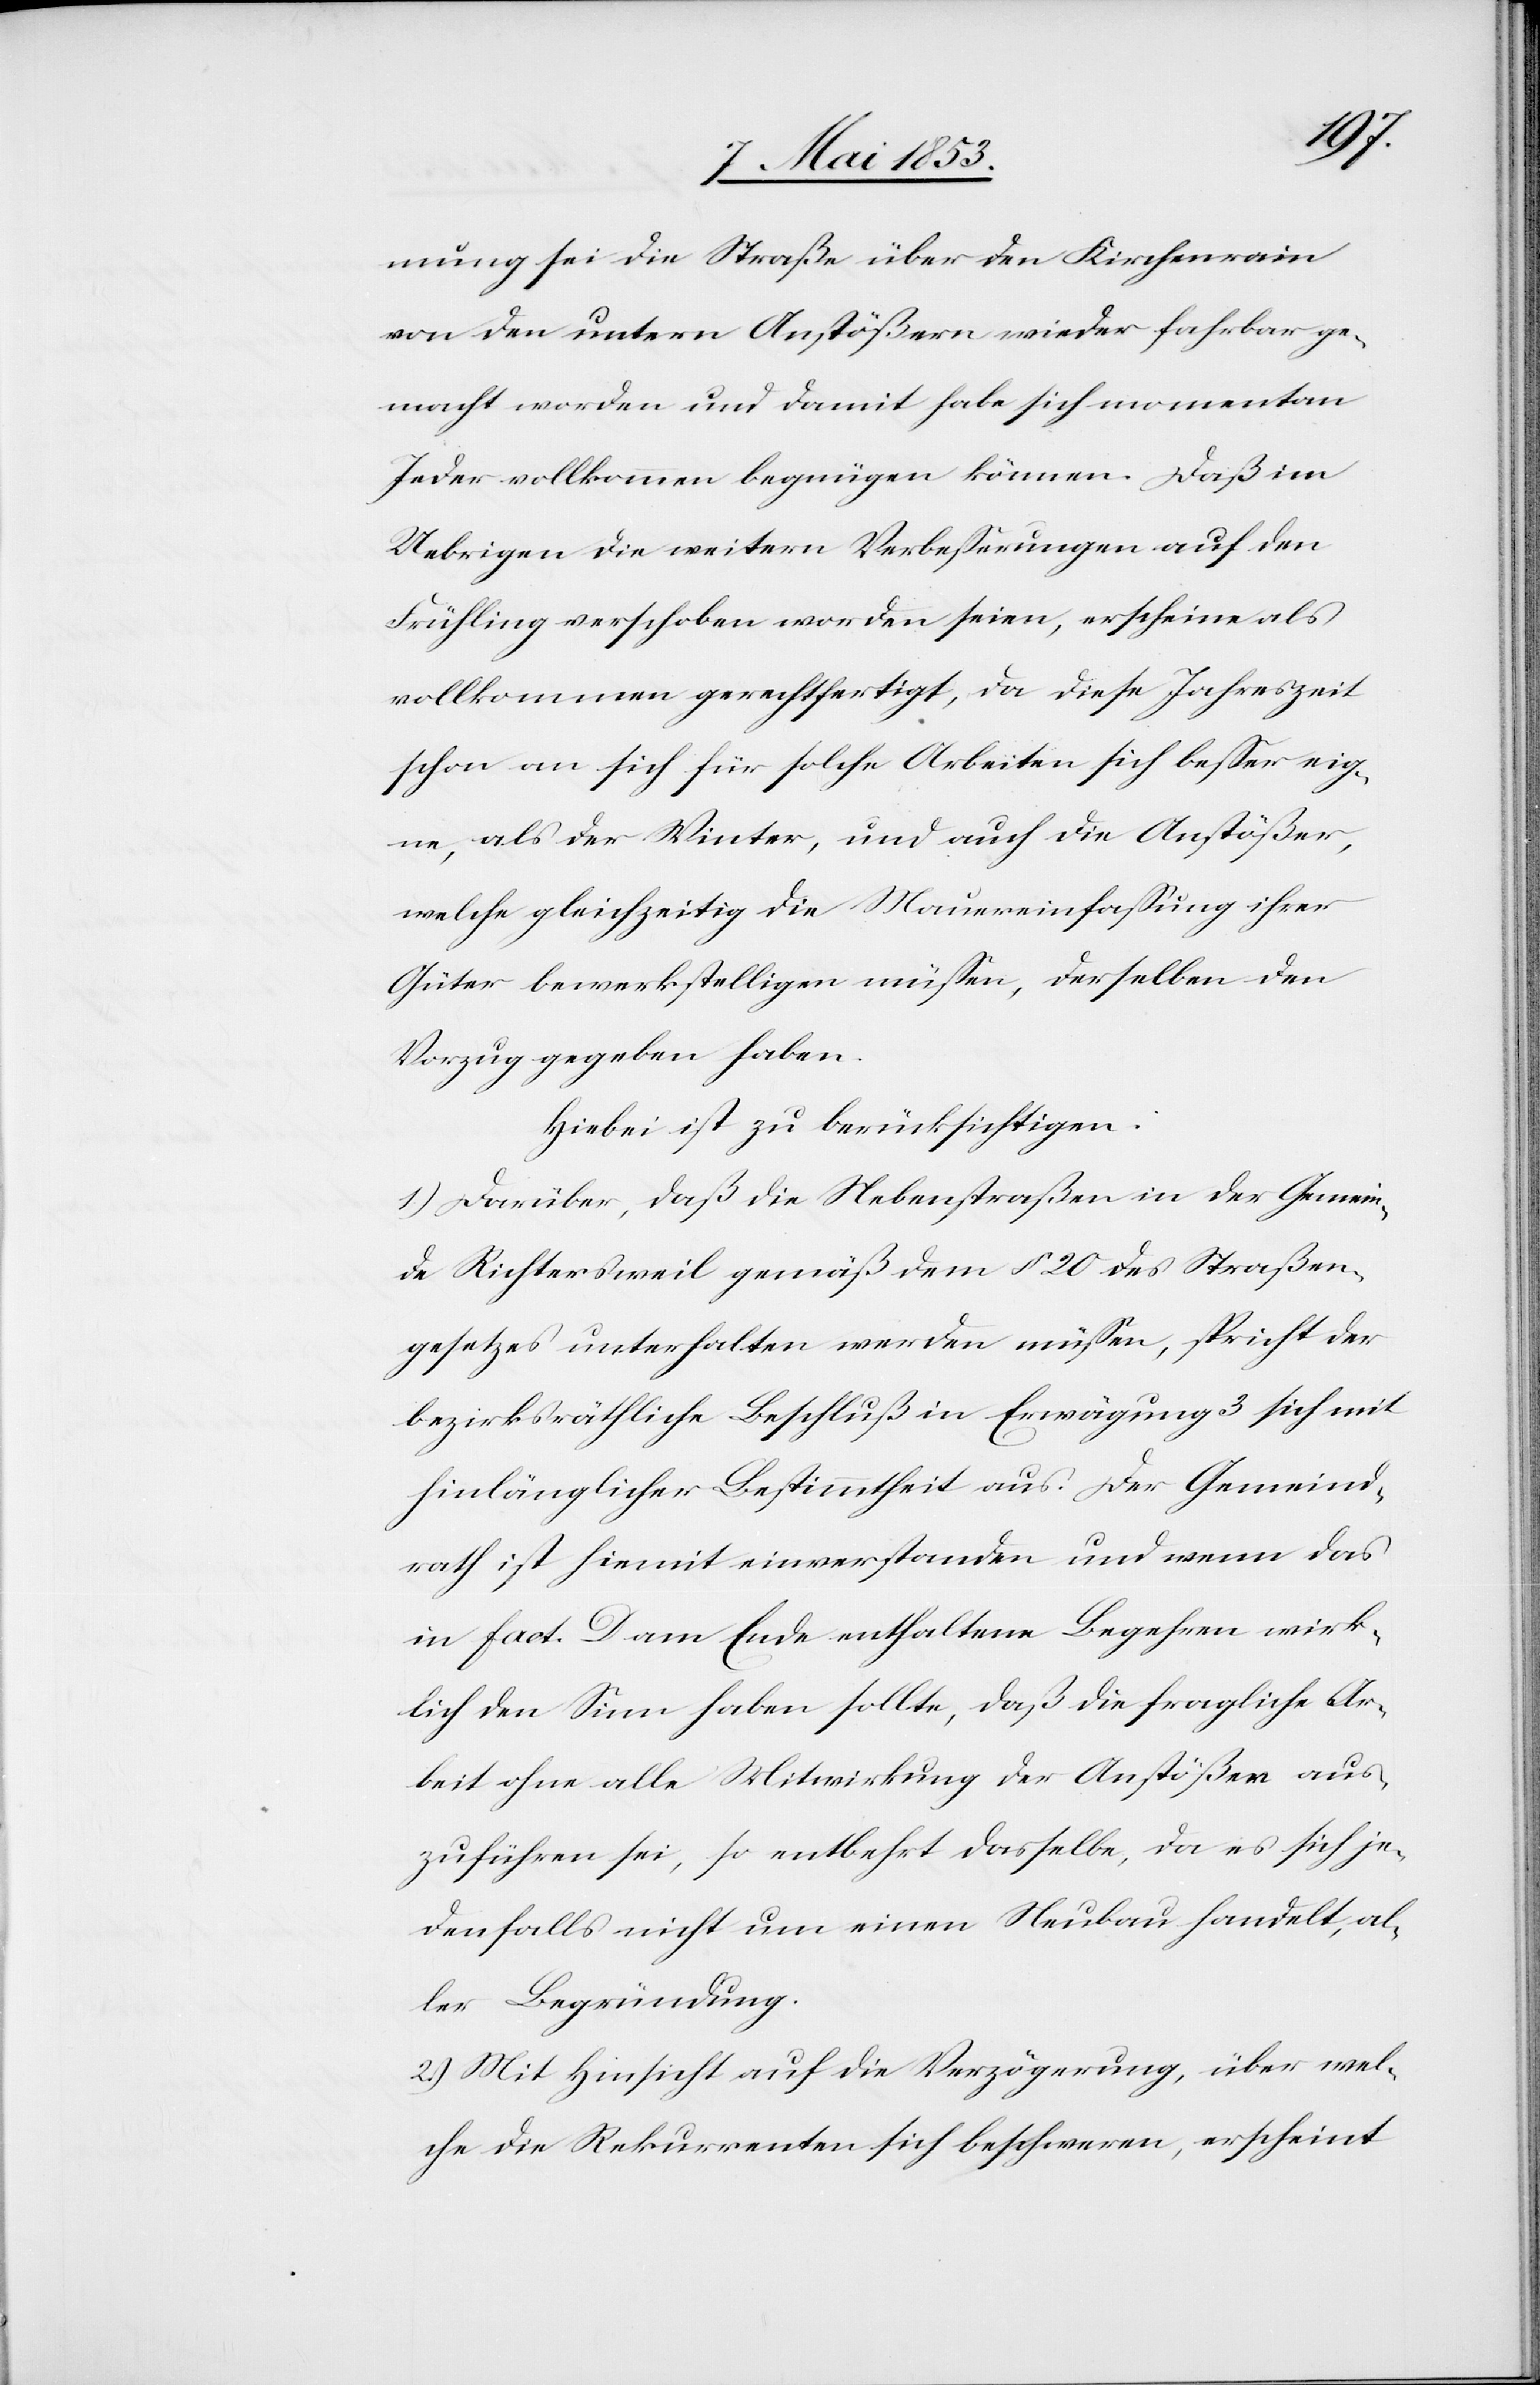
mung sei die Straße über den Kirchenrain
von den untern Anstößern wieder fahrbar ge¬
macht worden und damit habe sich momentan
Jeder vollkommen begnügen können. Daß im
Uebrigen die weitern Verbeßerungen auf den
Frühling verschoben worden seien, erscheine als
vollkommen gerechtfertigt, da diese Jahreszeit
schon an sich für solche Arbeiten sich beßer eig¬
ne, als der Winter, und auch die Anstößer,
welche gleichzeitig die Mauereinfaßung ihrer
Güter bewerkstelligen müßen, derselben den
Vorzug gegeben haben.
Hiebei ist zu berücksichtigen:
1) Darüber, daß die Nebenstraßen in der Gemein¬
de Richtersweil gemäß dem § 20 des Straßen¬
gesetzes unterhalten werden müßen, spricht der
bezirksräthliche Beschluß in Erwägung 3 sich mit
hinlänglicher Bestimmtheit aus. Der Gemeind¬
rath ist hiemit einverstanden und wenn das
in fact. D. am Ende enthaltene Begehren wirk¬
lich den Sinn haben sollte, daß die fragliche Ar¬
beit ohne alle Mitwirkung der Anstößer aus¬
zuführen sei, so entbehrt dasselbe, da es sich je¬
denfalls nicht um einen Neubau handelt, al¬
ler Begründung.
2.) Mit Hinsicht auf die Verzögerung, über wel¬
che die Rekurrenten sich beschweren, erscheint